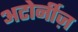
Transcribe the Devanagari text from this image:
अटोर्नीज़